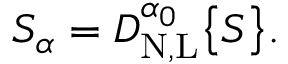
S _ { \alpha } = D _ { \mathrm { N , L } } ^ { \alpha _ { 0 } } \big \{ { S \big \} } .